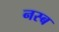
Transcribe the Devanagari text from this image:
नस्ब